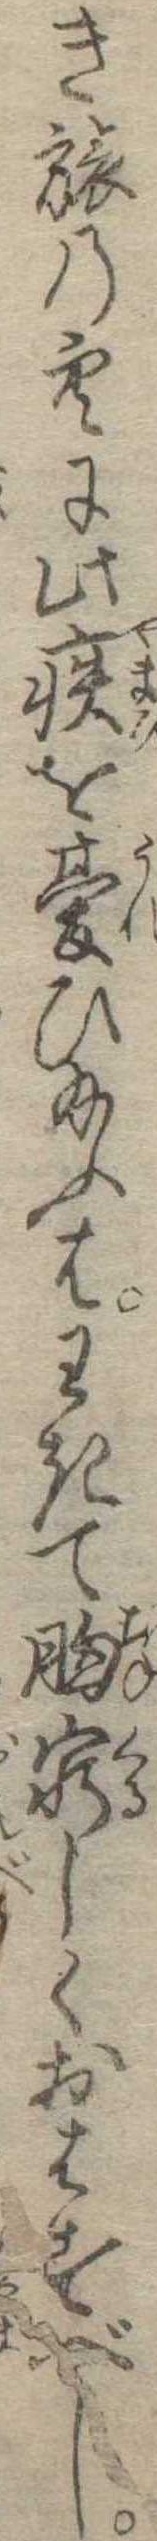
き旅の空に此疾を憂ひ給ふはわきて胸窮しくおはすべし